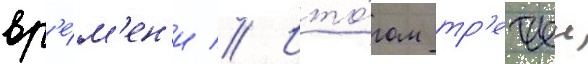
вр'е́м'ен'и // Ито́гом тр'етьеи